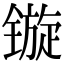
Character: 镟